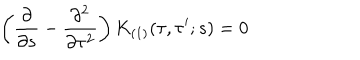
\left( \frac { \partial } { \partial s } - \frac { \partial ^ { 2 } } { \partial \tau ^ { 2 } } \right) K _ { ( 1 ) } ( \tau , \tau ^ { \prime } ; s ) = 0